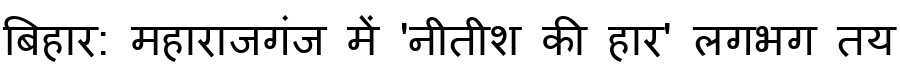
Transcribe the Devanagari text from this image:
बिहार: महाराजगंज में 'नीतीश की हार' लगभग तय